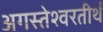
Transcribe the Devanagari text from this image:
अगस्तेश्वरतीर्थ